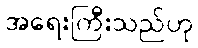
အရေးကြီးသည်ဟု